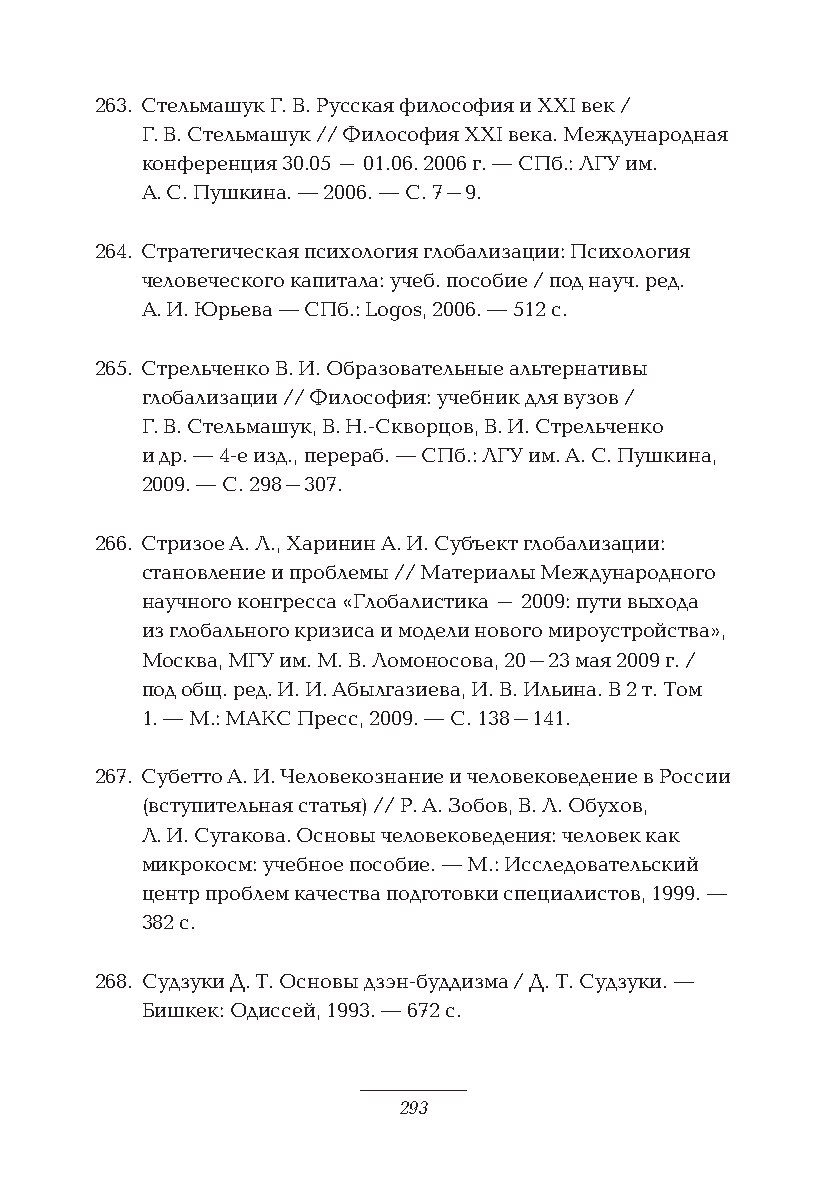
263. Стельмашук Г. В. Русская философия и XXI век /
 Г. В. Стельмашук // Философия XXI века. Международная
 конференция 30.05 – 01.06. 2006 г. — СПб.: ЛГУ им.
 А. С. Пушкина. — 2006. — С. 7–9.
 264. Стратегическая психология глобализации: Психология
 человеческого капитала: учеб. пособие / под науч. ред.
 А. И. Юрьева — СПб.: Logos, 2006. — 512 с.
 265. Стрельченко В. И. Образовательные альтернативы
 глобализации // Философия: учебник для вузов /
 Г. В. Стельмашук, В. Н.-Скворцов, В. И. Стрельченко
 и др. — 4-е изд., перераб. — СПб.: ЛГУ им. А. С. Пушкина,
 2009. — С. 298–307.
 266. Стризое А. Л., Харинин А. И. Субъект глобализации:
 становление и проблемы // Материалы Международного
 научного конгресса «Глобалистика – 2009: пути выхода
 из глобального кризиса и модели нового мироустройства»,
 Москва, МГУ им. М. В. Ломоносова, 20–23 мая 2009 г. /
 под общ. ред. И. И. Абылгазиева, И. В. Ильина. В 2 т. Том
 1. — М.: МАКС Пресс, 2009. — С. 138–141.
 267. Субетто А. И. Человекознание и человековедение в России
 (вступительная статья) // Р. А. Зобов, В. Л. Обухов,
 Л. И. Сугакова. Основы человековедения: человек как
 микрокосм: учебное пособие. — М.: Исследовательский
 центр проблем качества подготовки специалистов, 1999. —
 382 с.
 268. Судзуки Д. Т. Основы дзэн-буддизма / Д. Т. Судзуки. —
 Бишкек: Одиссей, 1993. — 672 с.
 293